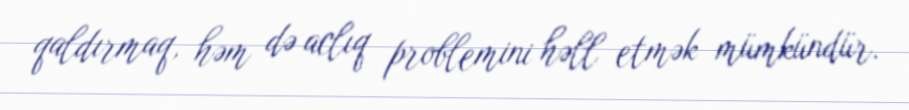
qaldırmaq, həm də aclıq problemini həll etmək mümkündür.